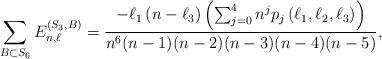
LaTeX: \begin{align*} \sum_{B\subset S_6} E^{(S_3,B)}_{n,\ell}&= \frac{-\ell_1 \left( n-\ell_3 \right) \left( \sum_{j=0}^4 n^j p_j\left( \ell_1,\ell_2,\ell_3 \right) \right) }{n^6 (n-1)(n-2)(n-3)(n-4)(n-5)},\end{align*}